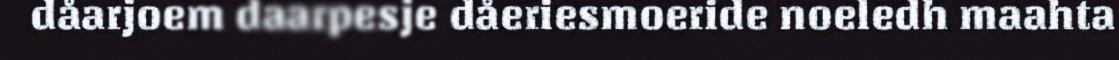
dåarjoem daarpesje dåeriesmoeride noeledh maahta